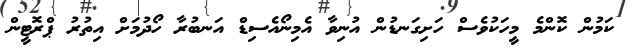
ކަމުން ކޮންމެ މީހަކުވެސް ހަށިގަނޑުން އުނިވާ އެމިނޯއެސިޑް އަނބުރާ ހޯދުމަށް އިތުރު ޕްރޮޓީން